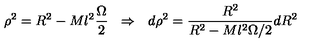
\rho ^ { 2 } = R ^ { 2 } - M l ^ { 2 } \frac { \Omega } { 2 } \: \: \: \Rightarrow \: \: \: d \rho ^ { 2 } = \frac { R ^ { 2 } } { R ^ { 2 } - M l ^ { 2 } \Omega / 2 } d R ^ { 2 }